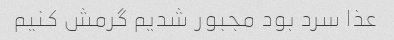
عذا سرد بود مجبور شدیم گرمش کنیم